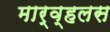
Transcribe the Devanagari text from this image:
मार्व्हलस